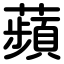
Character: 蘋